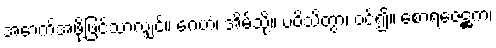
အောက်အဖို့ဖြင့်သာလျှင်။ ဂေဟံ၊ အိမ်သို့။ ပဝိသိတွာ၊ ဝင်၍။ စောရဇေဋ္ဌကံ၊